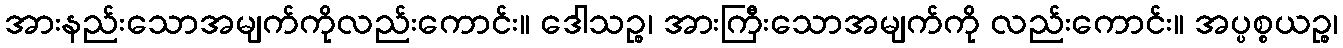
အားနည်းသောအမျက်ကိုလည်းကောင်း။ ဒေါသဉ္စ၊ အားကြီးသောအမျက်ကို လည်းကောင်း။ အပ္ပစ္စယဉ္စ၊